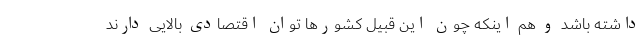
داشته باشد و هم اینکه چون این قبیل کشورها توان اقتصادی بالایی دارند